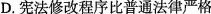
D.宪法修改程序比普通法律严格